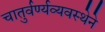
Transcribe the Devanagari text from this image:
चातुर्वर्ण्यव्यवस्थेने